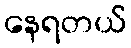
နေရတယ်